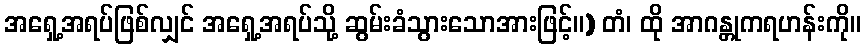
အရှေ့အရပ်ဖြစ်လျှင် အရှေ့အရပ်သို့ ဆွမ်းခံသွားသောအားဖြင့်။) တံ၊ ထို အာဂန္တုကရဟန်းကို။